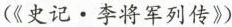
(《史记。李将军列传》)